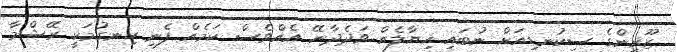
ޒޫރިންގެ ސިކުނޑިއަށް ނުބައި ޚިޔާލެއް ވަދެދާނޭ އެއްވެސް ކަމެއް ފެނި ހިނގުމަކީ ރޭޝްމާ